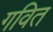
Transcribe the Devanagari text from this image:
गवित